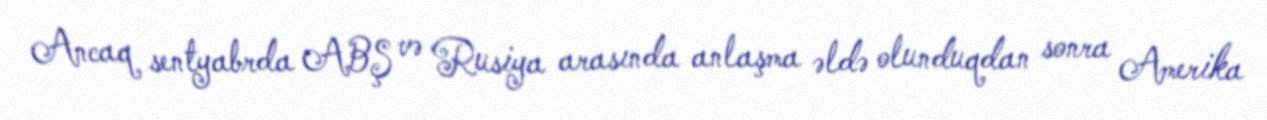
Ancaq sentyabrda ABŞ və Rusiya arasında anlaşma əldə olunduqdan sonra Amerika